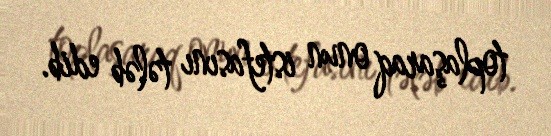
toplaşaraq onun istefasını tələb edib.